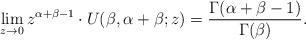
LaTeX: \begin{align*}\lim_{z\rightarrow 0} z^{\alpha+\beta-1}\cdot U(\beta,\alpha+\beta;z)=\frac{\Gamma(\alpha+\beta-1)}{\Gamma(\beta)}.\end{align*}